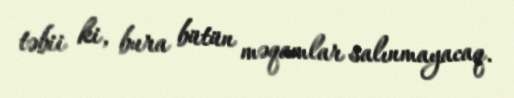
təbii ki, bura bütün məqamlar salınmayacaq.